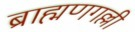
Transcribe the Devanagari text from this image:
ब्राह्मणगल्ली